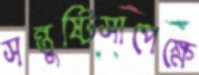
সন্তুষ্টিসাপেক্ষে